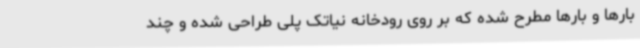
بارها و بارها مطرح شده که بر روی رودخانه نیاتک پلی طراحی شده و چند